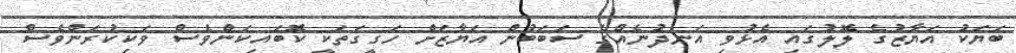
ބަޔަކު އަޔާޒުގެ ލޮލުގައި އެޅުވި އަނދުނެއްގެ ސަބަބުން އަޔާޒަށް ހަގީގަތަކީ ކޮބައިކަންވެސް ވަކިކުރަންވެސް